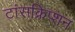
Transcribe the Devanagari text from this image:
टांसक्रिप्शन